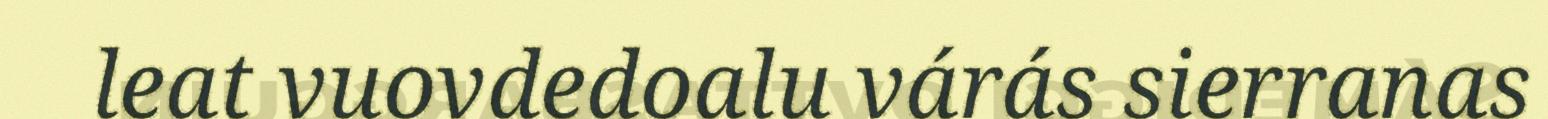
leat vuovdedoalu várás sierranas